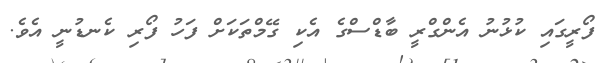
ފޯރީގައި ކުޅުނު އެންގްރީ ބާޑްސްގެ އެކި ގޭމްތަކަށް ފަހު ފޯރި ކެނޑުނީ އެވެ.